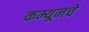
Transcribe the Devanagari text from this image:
कम्यूनचे